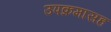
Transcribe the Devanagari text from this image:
उपक्रमासह